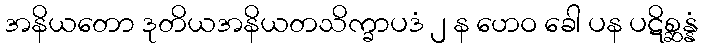
အနိယတော ဒုတိယအနိယတသိက္ခာပဒံ ၂ န ဟေဝ ခေါ ပန ပဋိစ္ဆန္နံ